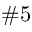
\# 5